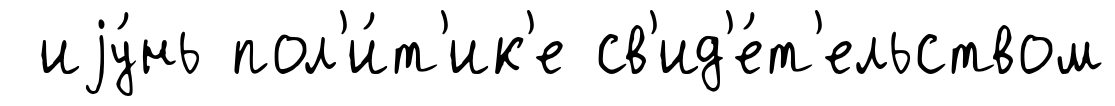
иjу́нь пол'и́т'ик'е св'ид'е́т'ельством